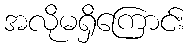
အလိုမရှိကြောင်း